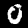
Label: 0